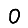
Digit: 0